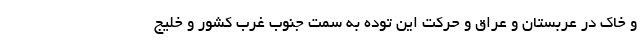
و خاک در عربستان و عراق و حرکت این توده به سمت جنوب غرب کشور و خلیج